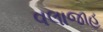
વલાજાહ